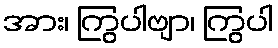
အား၊ ကြွပါဗျာ၊ ကြွပါ